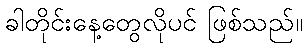
ခါတိုင်းနေ့တွေလိုပင် ဖြစ်သည်။